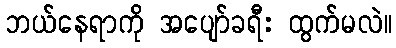
ဘယ်နေရာကို အပျော်ခရီး ထွက်မလဲ။